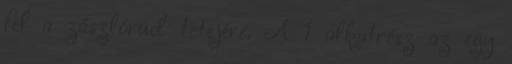
fel a zászlórúd tetejére. A 1 alkatrész az egy